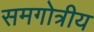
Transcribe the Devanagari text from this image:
समगोत्रीय